Lunatic asylums in Bengal annual reports 1899-1911 - 1899-1911
Year: 1899
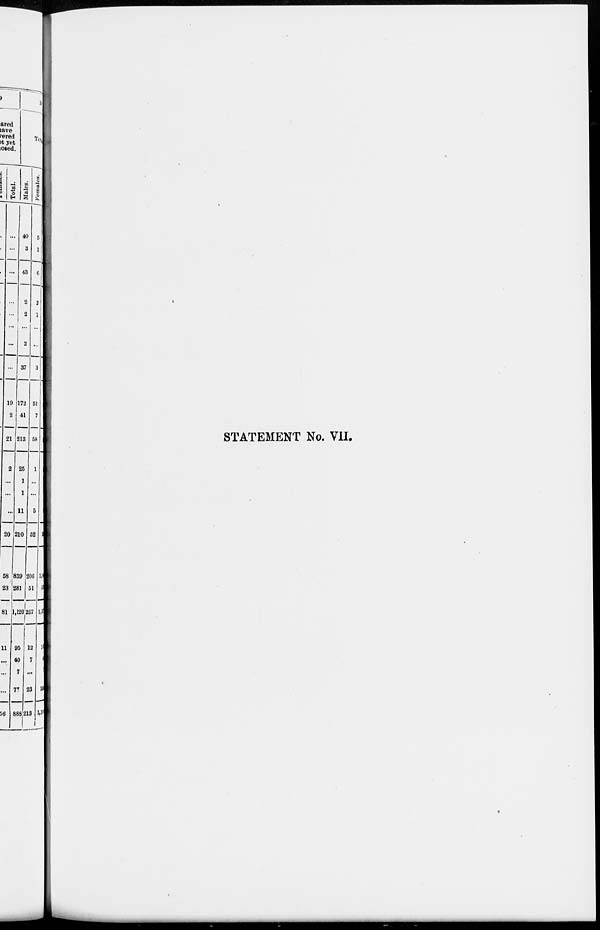
STATEMENT No. VII.